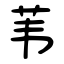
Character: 苇